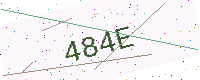
Text: 484E